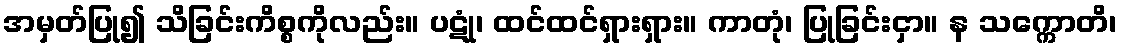
အမှတ်ပြု၍ သိခြင်းကိစ္စကိုလည်း။ ပဋုံ၊ ထင်ထင်ရှားရှား။ ကာတုံ၊ ပြုခြင်းငှာ။ န သက္ကောတိ၊